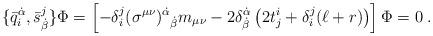
LaTeX: \begin{align*}\{\bar q^{\dot\alpha}_i, \bar s^j_{\dot\beta} \}\Phi = \left[ -\delta^j_i (\sigma^{\mu\nu})^{\dot\alpha}{}_{\dot\beta}m_{\mu\nu} -2\delta^{\dot\alpha}_{\dot\beta}\left(2t^i_j +\delta^j_i(\ell+r) \right)\right] \Phi = 0\;.\end{align*}